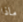
ماذا